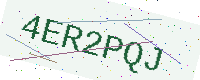
Text: 4ER2PQJ